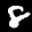
Label: 8